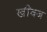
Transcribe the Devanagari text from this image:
खींवज